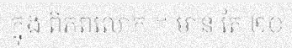
ក្នុង ពិភពលោក ។ មាន តែ ២០